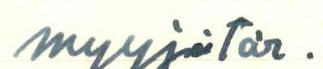
myyjätär.